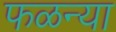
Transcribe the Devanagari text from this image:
फळन्या